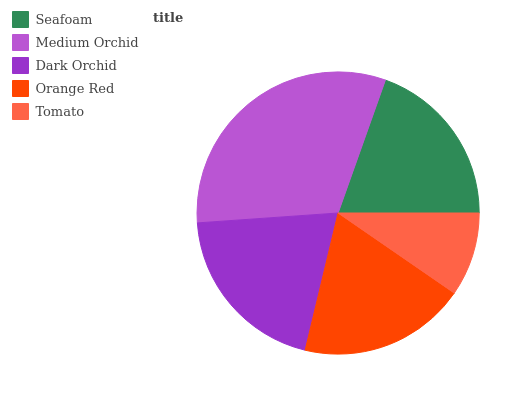
| Seafoam | Medium Orchid | Dark Orchid | Orange Red | Tomato |
 | --- | --- | --- | --- | --- |
 | 19.6% | 31.5% | 20.2% | 19.1% | 9.6% |